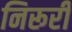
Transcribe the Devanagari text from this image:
निरूरी